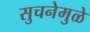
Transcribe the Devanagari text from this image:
सुचनेमुळे